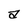
Character: a